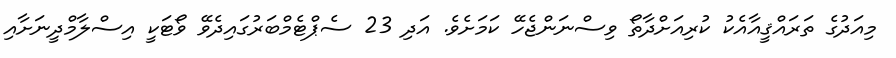
މިއަދުގެ ތަރައްްޤީއާއެކު ކުރިއަށްދާތޯ ވިސްނަންޖެހޭ ކަމަށެވެ. އަދި 23 ސެޕްޓެމްބަރުގައިދެވޭ ވޯޓަކީ އިސްލާމްދީނަށާއި